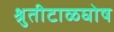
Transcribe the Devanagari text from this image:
श्रुतीटाळघोष